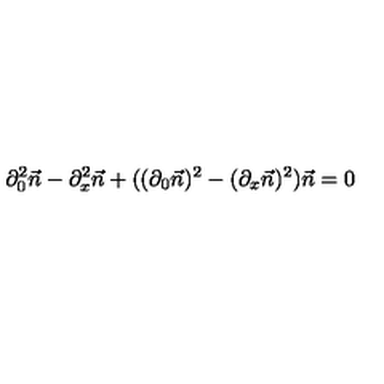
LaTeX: \partial _ { 0 } ^ { 2 } \vec { n } - \partial _ { x } ^ { 2 } \vec { n } + ( ( \partial _ { 0 } \vec { n } ) ^ { 2 } - ( \partial _ { x } \vec { n } ) ^ { 2 } ) \vec { n } = 0